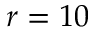
r = 1 0